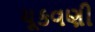
ચૂકવણી